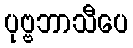
ပုဗ္ဗဘာသီပေ